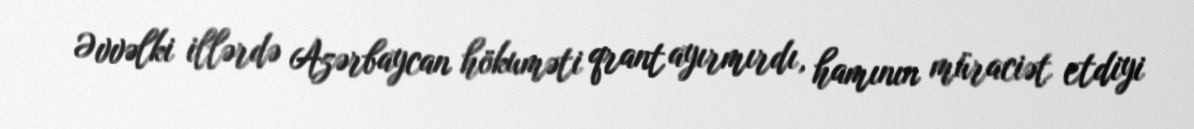
Əvvəlki illərdə Azərbaycan hökuməti qrant ayırmırdı, hamının müraciət etdiyi